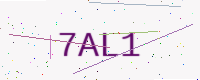
Text: 7AL1